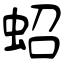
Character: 蛁